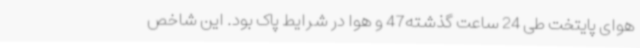
هوای پایتخت طی 24 ساعت گذشته‌47 و هوا در شرایط پاک بود. این شاخص